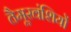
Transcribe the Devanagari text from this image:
तैमूरवंशियों